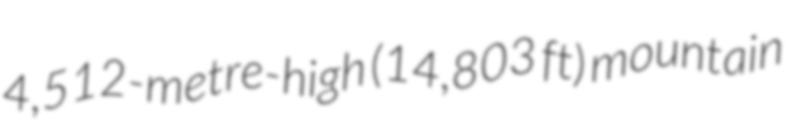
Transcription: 4,512-metre-high (14,803 ft) mountain